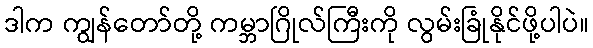
ဒါက ကျွန်တော်တို့ ကမ္ဘာဂြိုလ်ကြီးကို လွမ်းခြုံနိုင်ဖို့ပါပဲ။